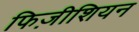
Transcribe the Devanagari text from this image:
फिज़ीशियन